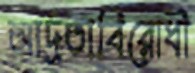
আর্দ্রতাবিরোধী